Civil Veterinary Department Bihar reports 1940-50 - 1940-1950
Year: 1940
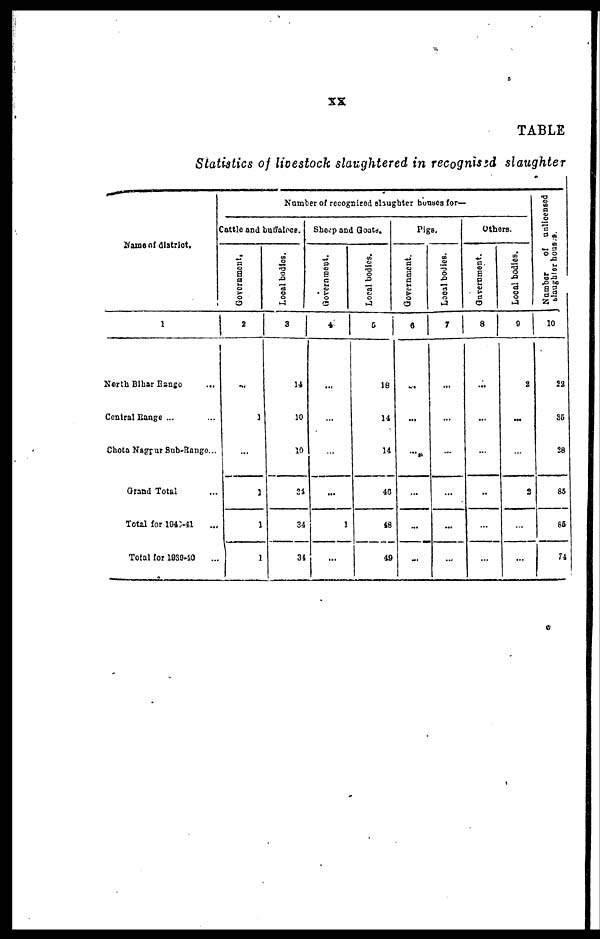
XX
TABLE
Statistics of livestock slaughtered in recognised slaughter
Name of district.
1
North Bihar Bange ...
Central Range ...
Chota Nagpur Sub-Bange...
Grand Total ...
Total for 1940-41 ...
Total for 1939-40 ...
Number of recognised slaughter houses for—
Cattle and buffaloes.
Government.
2
...
1
...
1
1
1
Local bodies.
3
14
10
10
34
34
34
Sheep and Goats.
Government.
4
...
...
...
...
1
...
Local bodies.
5
18
14
14
46
48
49
Pigs.
Government.
6
...
...
...
...
...
...
Local bodies.
7
...
...
...
...
...
...
Others.
Government.
8
...
...
...
...
...
...
Local bodies.
9
2
...
...
3
...
...
N umber of unlicensed
slaughterhouses.
10
22
35
28
85
85
74